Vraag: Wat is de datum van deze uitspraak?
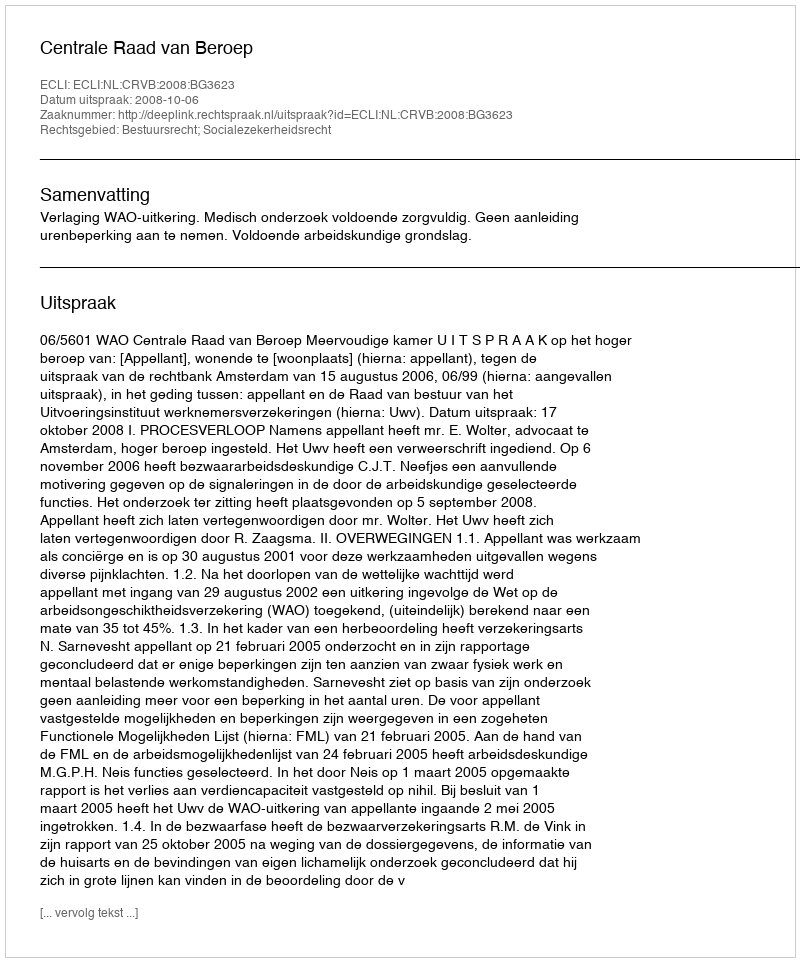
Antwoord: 2008-10-06